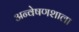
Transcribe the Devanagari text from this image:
अन्वेषणशाला